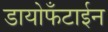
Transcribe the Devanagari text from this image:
डायोफँटाईन